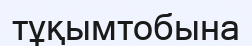
тұқымтобына